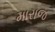
મારાજ